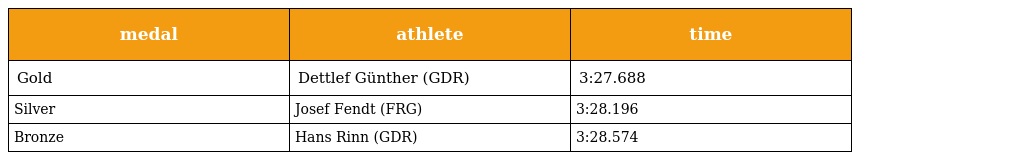
| medal | athlete | time |
 | --- | --- | --- |
 | Gold | Dettlef Günther (GDR) | 3:27.688 |
 | Silver | Josef Fendt (FRG) | 3:28.196 |
 | Bronze | Hans Rinn (GDR) | 3:28.574 |